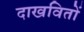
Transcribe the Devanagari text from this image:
दाखवितों